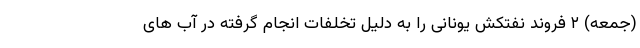
(جمعه) ۲ فروند نفتکش یونانی را به دلیل تخلفات انجام گرفته در آب‌ های